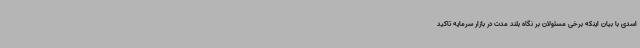
اسدی با بیان اینکه برخی مسئولان بر نگاه بلند مدت در بازار سرمایه تاکید